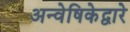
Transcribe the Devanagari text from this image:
अन्वेषिकेद्वारे